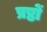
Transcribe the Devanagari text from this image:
प्रष्ठों